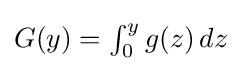
{\textstyle G(y)=\int _{0}^{y}g(z)\,dz}